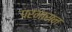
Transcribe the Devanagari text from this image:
परमासन